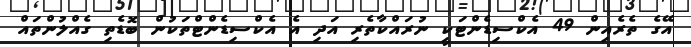
އޭގެ ތެރެއިން 49 އެކްސިޑެންޓަކީ ނުރައްކާތެރި އަދި އެ އެކްސިޑެންޓްތަކުން ބޮޑެތި ގެއްލުންތައް